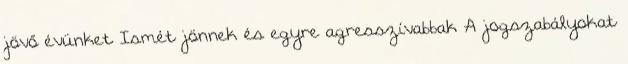
jövő évünket Ismét jönnek és egyre agresszívabbak A jogszabályokat